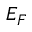
E _ { F }